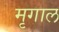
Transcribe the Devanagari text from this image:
मृगाल